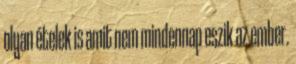
olyan ételek is amit nem mindennap eszik az ember.